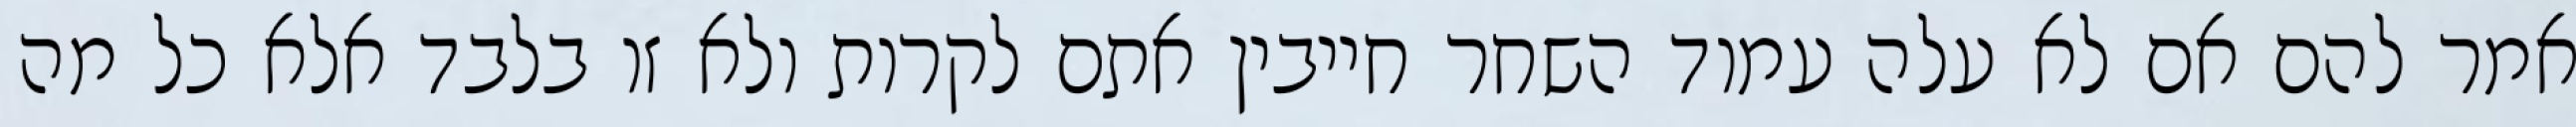
אמר להם אם לא עלה עמוד השחר חייבין אתם לקרות ולא זו בלבד אלא כל מה